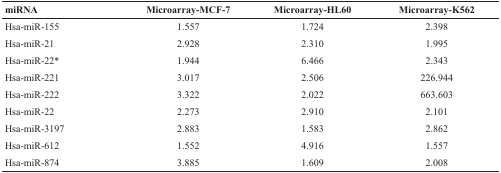
<table><thead><tr><td><b>miRNA</b></td><td><b>Microarray-MCF-7</b></td><td><b>Microarray-HL60</b></td><td><b>Microarray-K562</b></td></tr></thead><tbody><tr><td>Hsa-miR-155</td><td>1.557</td><td>1.724</td><td>2.398</td></tr><tr><td>Hsa-miR-21</td><td>2.928</td><td>2.310</td><td>1.995</td></tr><tr><td>Hsa-miR-22*</td><td>1.944</td><td>6.466</td><td>2.343</td></tr><tr><td>Hsa-miR-221</td><td>3.017</td><td>2.506</td><td>226.944</td></tr><tr><td>Hsa-miR-222</td><td>3.322</td><td>2.022</td><td>663.603</td></tr><tr><td>Hsa-miR-22</td><td>2.273</td><td>2.910</td><td>2.101</td></tr><tr><td>Hsa-miR-3197</td><td>2.883</td><td>1.583</td><td>2.862</td></tr><tr><td>Hsa-miR-612</td><td>1.552</td><td>4.916</td><td>1.557</td></tr><tr><td>Hsa-miR-874</td><td>3.885</td><td>1.609</td><td>2.008</td></tr></tbody></table>